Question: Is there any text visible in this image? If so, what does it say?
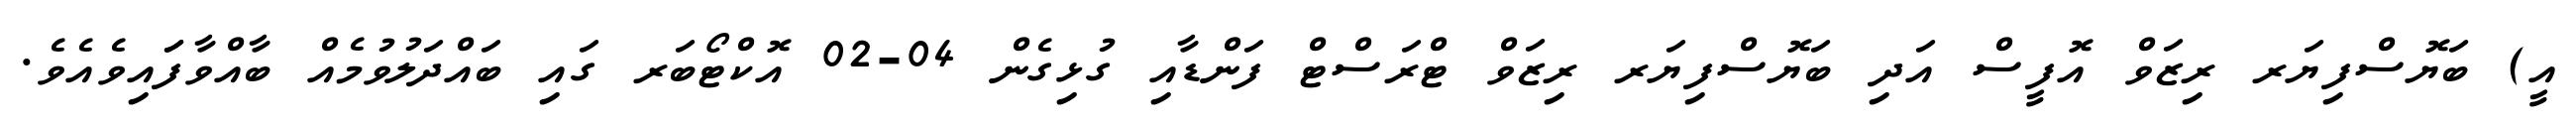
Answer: އީ) ބަޔޮސްފިޔަރ ރިޒަވް އޮފީސް އަދި ބަޔޮސްފިޔަރ ރިޒަވް ޓްރަސްޓް ފަންޑާއި ގުޅިގެން 04-02 އޮކްޓޯބަރ ގައި ބައްދަލުވުމެއް ބާއްވާފަައިވެއެވެ.